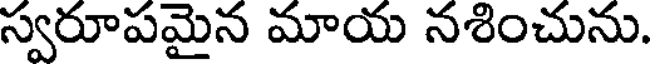
స్వరూపమైన మాయ నశించును.